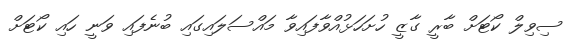
ސިވިލް ކޯޓަށް ބާރީ ގާޒީ ހުށަހަޅުއްވާފައިވާ މައްސަލައިގައި ބުނެފައި ވަނީ ހައި ކޯޓަށް